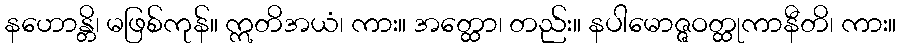
နဟောန္တိ၊ မဖြစ်ကုန်။ ဣတိအယံ၊ ကား။ အတ္ထော၊ တည်း။ နပါမောဇ္ဇဝတ္ထုကာနီတိ၊ ကား။